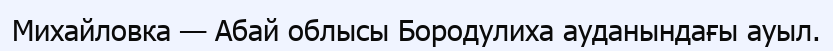
Михайловка — Абай облысы Бородулиха ауданындағы ауыл.